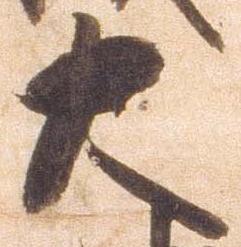
大